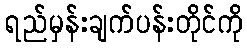
ရည်မှန်းချက်ပန်းတိုင်ကို